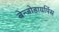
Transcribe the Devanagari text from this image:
बेन्जोडायपिंस